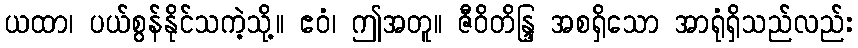
ယထာ၊ ပယ်စွန်နိုင်သကဲ့သို့။ ဧဝံ၊ ဤအတူ။ ဇီဝိတိန္ဒြ အစရှိသော အာရုံရှိသည်လည်း